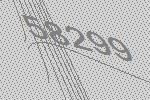
58299